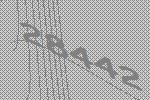
28442